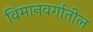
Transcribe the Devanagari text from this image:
विमानवर्गातील